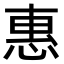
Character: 惠